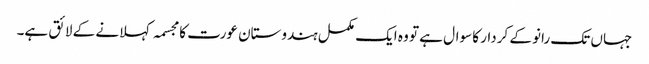
جہاں تک رانو کے کردار کا سوال ہے تو وہ ایک مکمل ہندوستان عورت کا مجسمہ کہلانے کے لائق ہے۔